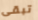
تبقى